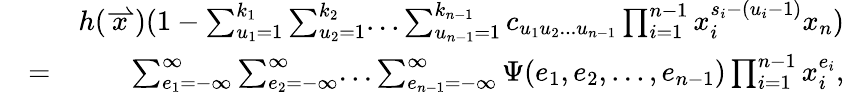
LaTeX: \begin{array}{rlr}&{}&{h(\stackrel{\rightharpoonup}{x})(1-\sum_{u_{1}=1}^{k_{1}}\sum_{u_{2}=1}^{k_{2}}...\sum_{u_{n-1}=1}^{k_{n-1}}c_{u_{1}u_{2}...u_{n-1}}\prod_{i=1}^{n-1}x_{i}^{s_{i}-(u_{i}-1)}x_{n})}\\ &{=}&{\sum_{e_{1}=-\infty}^{\infty}\sum_{e_{2}=-\infty}^{\infty}...\sum_{e_{n-1}=-\infty}^{\infty}\Psi(e_{1},e_{2},...,e_{n-1})\prod_{i=1}^{n-1}x_{i}^{e_{i}},}\end{array}